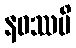
နဝဿပိ